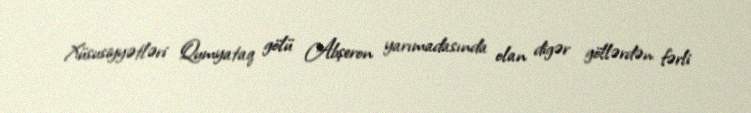
Xüsusiyyətləri Qumyataq gölü Abşeron yarımadasında olan digər göllərdən fərli